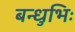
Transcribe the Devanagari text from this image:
बन्धुभिः